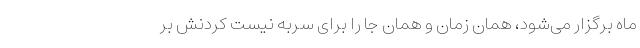
ماه برگزار می‌شود، همان زمان و همان جا را برای سربه نیست کردنش بر